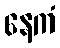
နေကံ